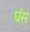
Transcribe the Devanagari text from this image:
घंस